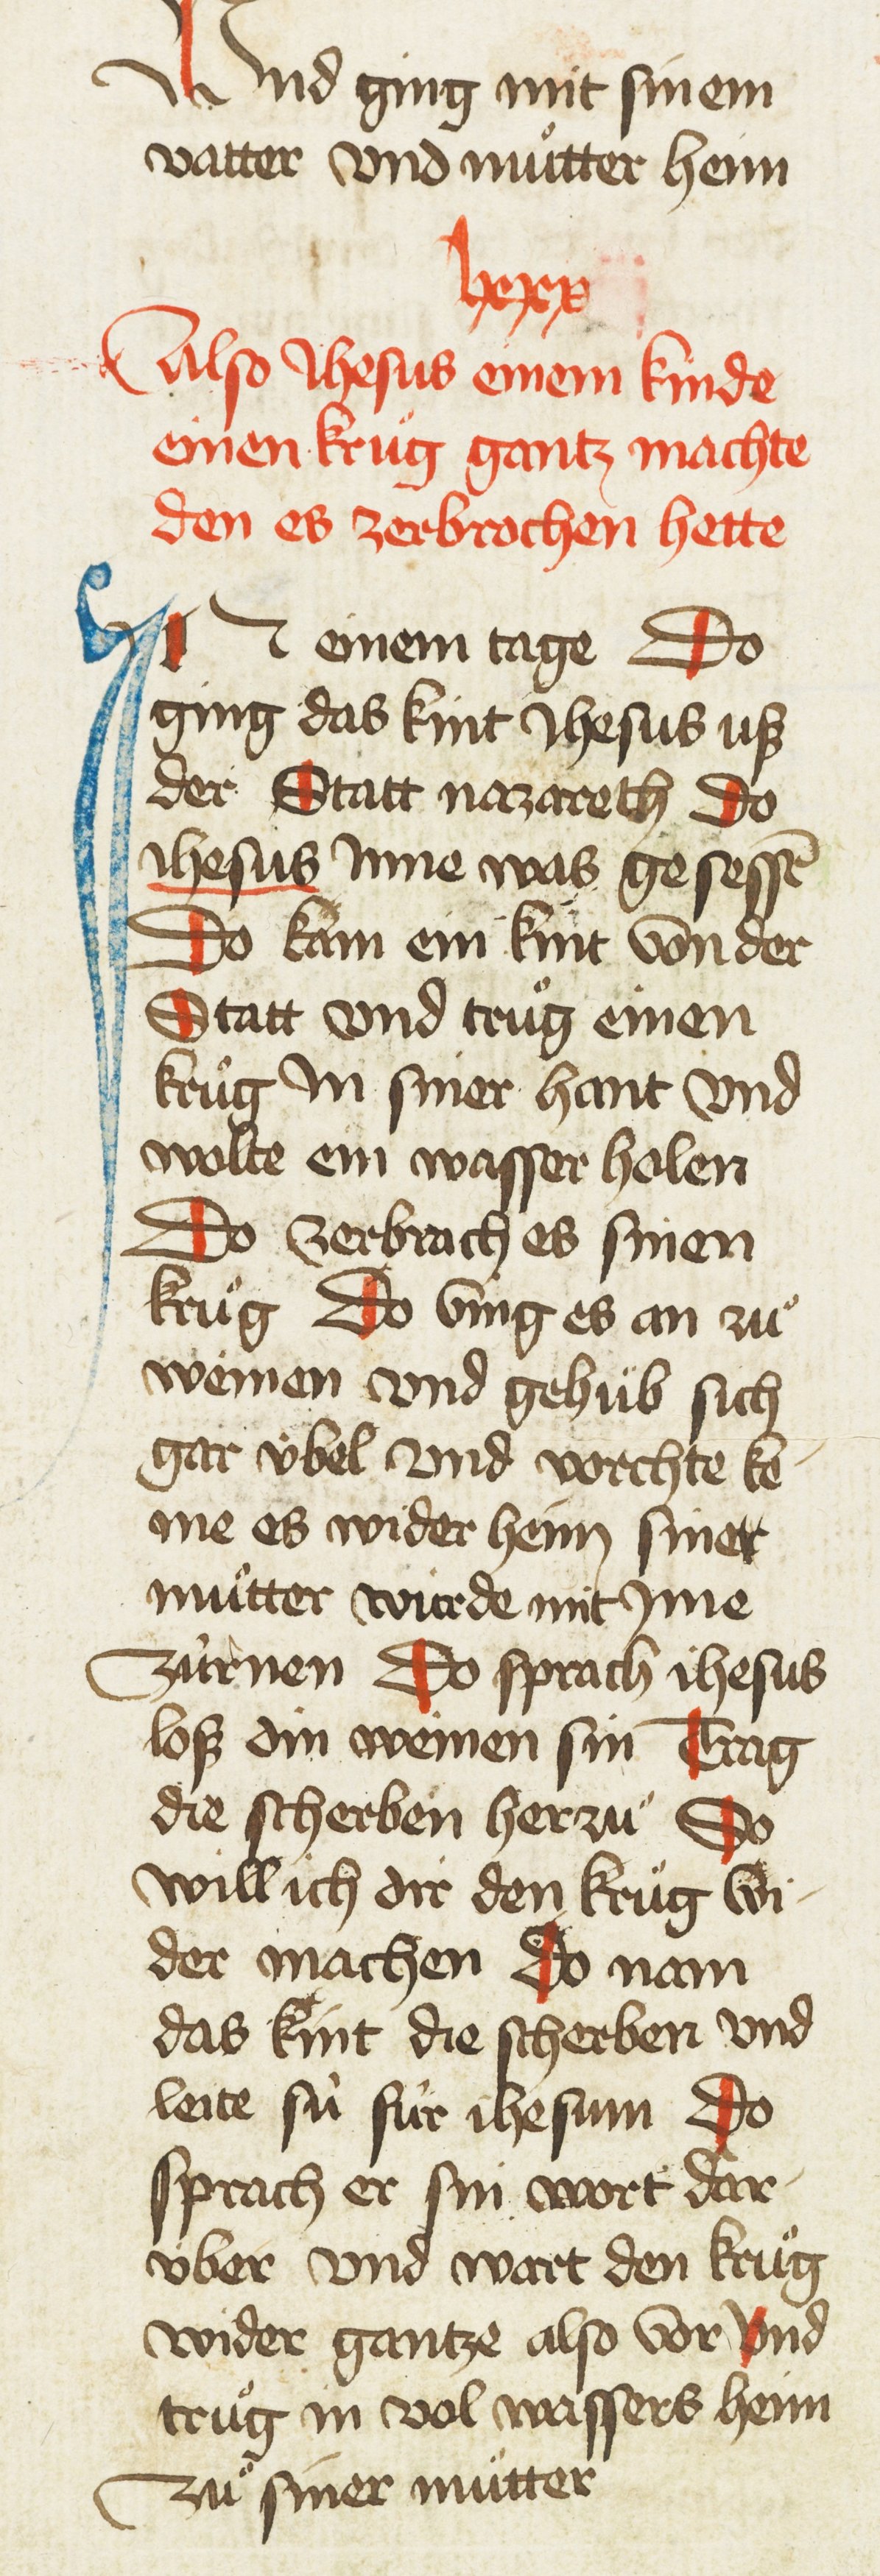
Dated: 1435–1465